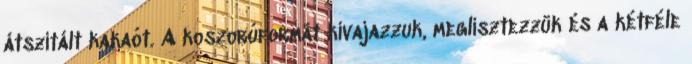
átszitált kakaót. A koszorúformát kivajazzuk, meglisztezzük és a kétféle